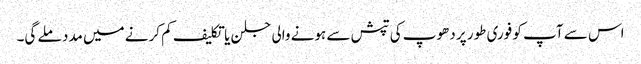
اس سے آپ کو فوری طور پر دھوپ کی تپش سے ہونے والی جلن یا تکلیف کم کرنے میں مدد ملے گی۔